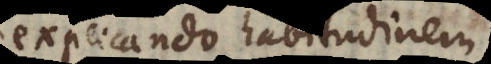
explicando habitudinem